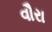
વૌરા